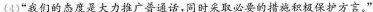
(4)”我们的态度是大力推广普通话，同时采取必要的措施积极保护方言。”